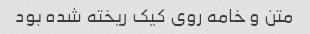
متن و خامه روی کیک ریخته شده بود